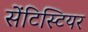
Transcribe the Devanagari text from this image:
सेंटिस्टियर